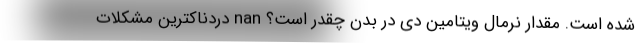
شده است. مقدار نرمال ویتامین دی در بدن چقدر است؟ nan دردناکترین مشکلات